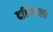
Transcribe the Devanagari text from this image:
दक्षिणला